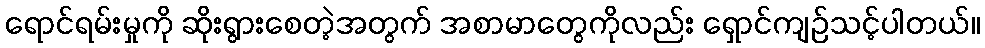
ရောင်ရမ်းမှုကို ဆိုးရွားစေတဲ့အတွက် အစာမာတွေကိုလည်း ရှောင်ကျဉ်သင့်ပါတယ်။